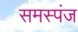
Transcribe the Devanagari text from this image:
समस्पंज